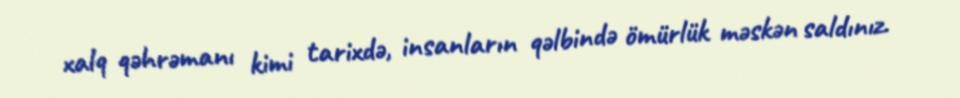
xalq qəhrəmanı kimi tarixdə, insanların qəlbində ömürlük məskən saldınız.